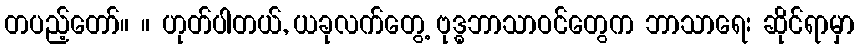
တပည့်တော်။ ။ ဟုတ်ပါတယ်, ယခုလက်တွေ့ ဗုဒ္ဓဘာသာဝင်တွေက ဘာသာရေး ဆိုင်ရာမှာ